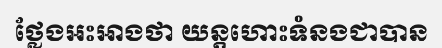
ថ្លែងអះអាងថា យន្តហោះទំនងជាបាន